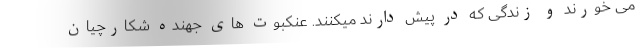
می خورند و زندگی که در پیش دارند میکنند. عنکبوت های جهنده شکارچیان